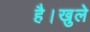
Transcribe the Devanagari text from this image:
है।खुले